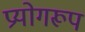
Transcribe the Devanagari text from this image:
प्रयोगरूप